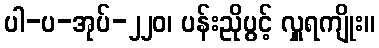
ပါ-ပ-အုပ်-၂၂၀၊ ပန်းညိုပွင့် လှူရကျိုး။